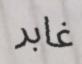
غابر